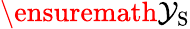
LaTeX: \ensuremath{\mathcal{Y}_{\mathrm{{S}}}}